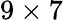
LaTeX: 9\times 7